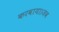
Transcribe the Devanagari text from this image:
करवाया।जब